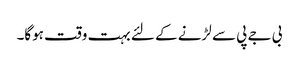
بی جے پی سے لڑنے کے لئے بہت وقت ہوگا۔